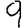
Digit: 9